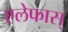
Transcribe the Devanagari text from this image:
एलेफास्